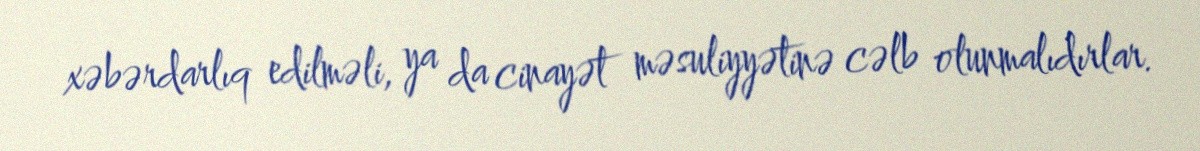
xəbərdarlıq edilməli, ya da cinayət məsuliyyətinə cəlb olunmalıdırlar.